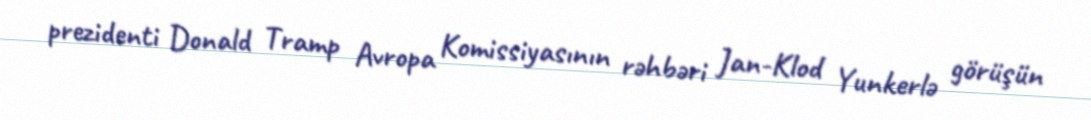
prezidenti Donald Tramp Avropa Komissiyasının rəhbəri Jan-Klod Yunkerlə görüşün